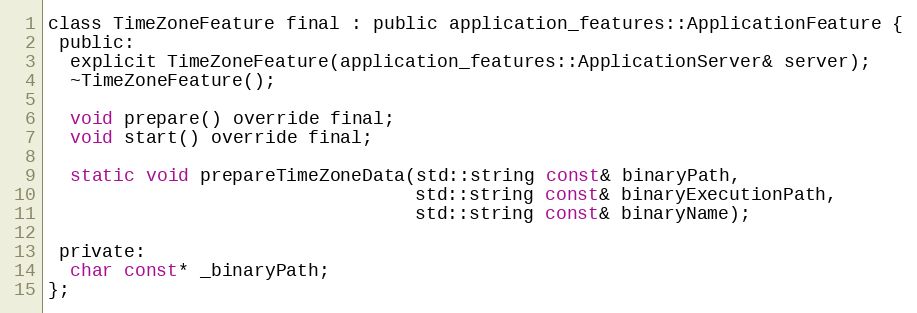
Language: C
class TimeZoneFeature final : public application_features::ApplicationFeature {
 public:
  explicit TimeZoneFeature(application_features::ApplicationServer& server);
  ~TimeZoneFeature();

  void prepare() override final;
  void start() override final;

  static void prepareTimeZoneData(std::string const& binaryPath,
                                  std::string const& binaryExecutionPath,
                                  std::string const& binaryName);

 private:
  char const* _binaryPath;
};